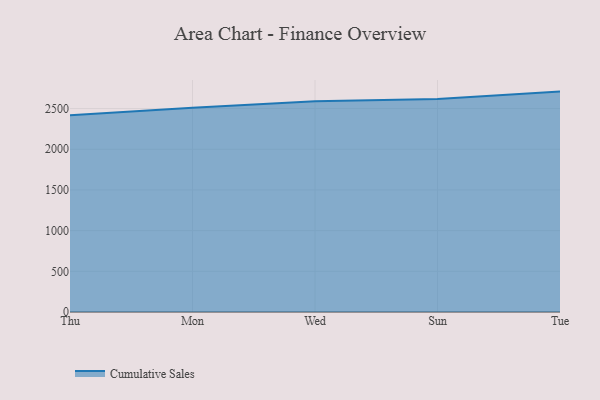
{"axis": {"x": "Day", "y": "Headcount"}, "legend": ["Cumulative Sales"], "data": [{"x": "Thu", "y": 2418.6, "type": "Cumulative Sales"}, {"x": "Mon", "y": 2511.3, "type": "Cumulative Sales"}, {"x": "Wed", "y": 2591.0, "type": "Cumulative Sales"}, {"x": "Sun", "y": 2618.6, "type": "Cumulative Sales"}, {"x": "Tue", "y": 2708.4, "type": "Cumulative Sales"}]}